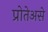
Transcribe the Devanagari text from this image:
प्रोतेअसे